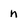
Character: n